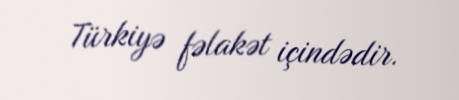
Türkiyə fəlakət içindədir.